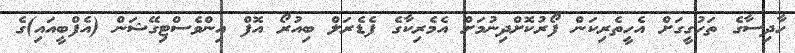
ހާދިސާގެ ތަހުގީގަށް އެހީތެރިކަން ފޯރުކޮށްދިނުމަށް އެމެރިކާގެ ފެޑެރަލް ބިއުރޯ އޮފް އިންވެސްޓިގޭޝަން (އެފްބީއައި)ގެ